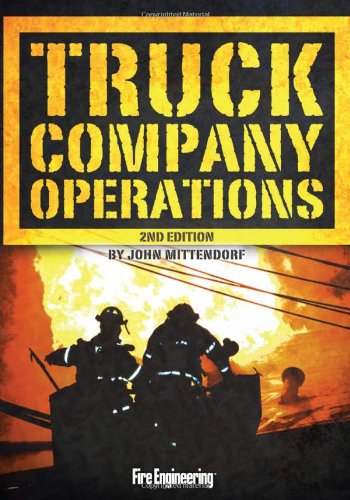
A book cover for Truck Company Operations, 2nd Edition; John Mittendorf; Engineering & Transportation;